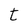
Character: t